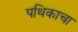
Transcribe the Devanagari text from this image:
पथिकाचा